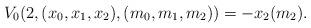
LaTeX: \begin{align*}V_0(2,(x_0,x_1,x_2),(m_0,m_1,m_2))= -x_2 (m_2).\end{align*}